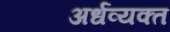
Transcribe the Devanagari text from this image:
अर्धव्यक्त